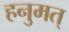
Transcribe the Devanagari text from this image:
हनुमत्